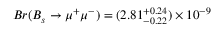
B r ( B _ { s } \to \mu ^ { + } \mu ^ { - } ) = ( 2 . 8 1 _ { - 0 . 2 2 } ^ { + 0 . 2 4 } ) \times 1 0 ^ { - 9 }